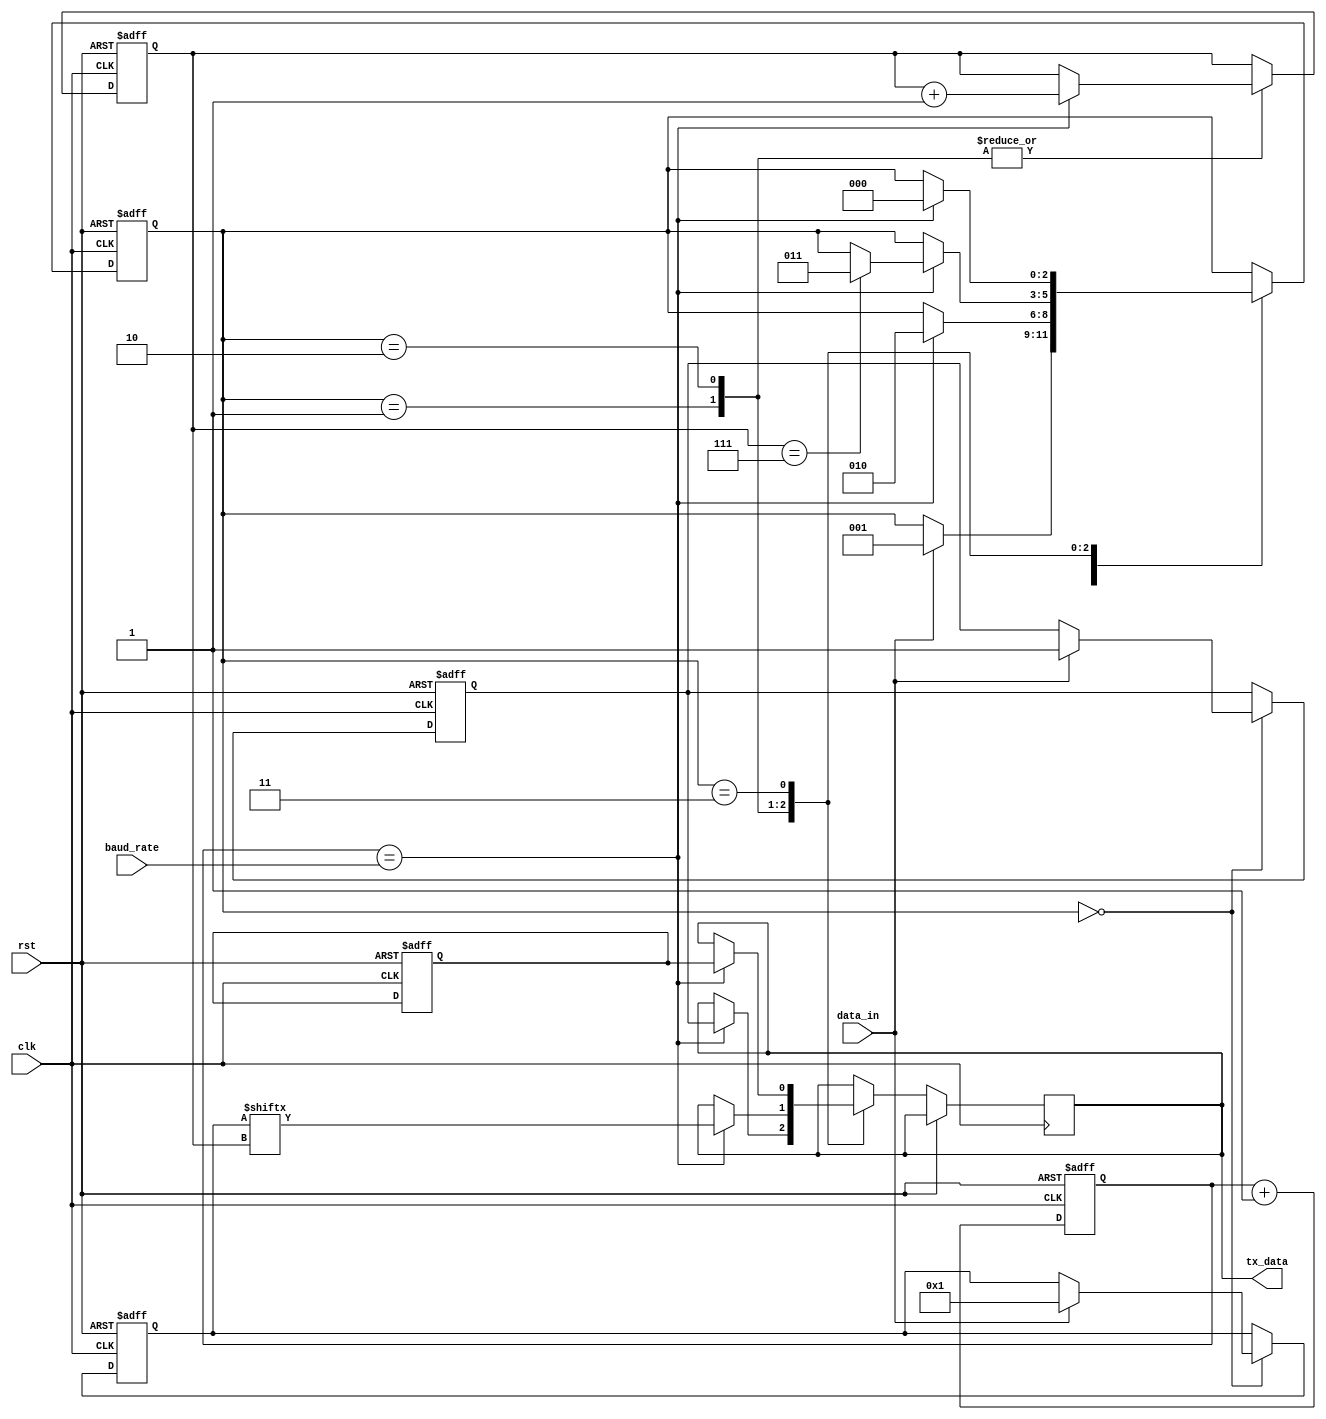
module uart_transmitter (
    input wire clk,
    input wire rst,
    input wire data_in,
    input wire baud_rate,
    output reg tx_data
);

reg [7:0] data_buffer; // Data Buffer
reg [15:0] baud_count; // Baud Rate Generator
reg [3:0] shift_count; // Data Serializer
reg start_bit; // Start Bit Generator
reg stop_bit; // Stop Bit Generator
reg [2:0] state; // Control Logic

always @(posedge clk or posedge rst) begin
    if (rst) begin
        data_buffer <= 8'b0;
        baud_count <= 16'h0000;
        shift_count <= 4'b0000;
        start_bit <= 1'b0;
        stop_bit <= 1'b1;
        state <= 3'b000;
    end else begin
        case(state)
            3'b000: begin // Idle state
                if (data_in) begin
                    data_buffer <= data_in;
                    start_bit <= 1'b1;
                    state <= 3'b001;
                end
            end
            3'b001: begin // Start bit state
                if (baud_count == baud_rate) begin
                    shift_count <= shift_count + 1;
                    baud_count <= 16'h0000;
                    tx_data <= start_bit;
                    state <= 3'b010;
                end
            end
            3'b010: begin // Data transmission state
                if (baud_count == baud_rate) begin
                    tx_data <= data_buffer[shift_count];
                    shift_count <= shift_count + 1;
                    baud_count <= 16'h0000;
                    if (shift_count == 7) begin
                        state <= 3'b011;
                    end
                end
            end
            3'b011: begin // Stop bit state
                if (baud_count == baud_rate) begin
                    tx_data <= stop_bit;
                    state <= 3'b000;
                end
            end
        endcase
        baud_count <= baud_count + 1;
    end
end

endmodule